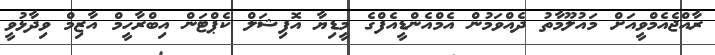
ރާއްޖެއެމްވީއަށް މައުލޫމާތު ދެއްވަމުން އެމްއެންޑީއެފްގެ މީޑިޔާ އޮފިޝަލް ކެޕްޓަން އިބްރާހީމް އާޒިމް ވިދާޅުވީ